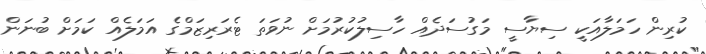
ކުރިން ހަމަލާއަކީ ސިޔާސީ މަގުސަދެއް ހާސިލުކުރުމަށް ނުވަތަ ޓެރަރިޒަމްގެ އަމަލެއް ކަމަށް ބުނަން